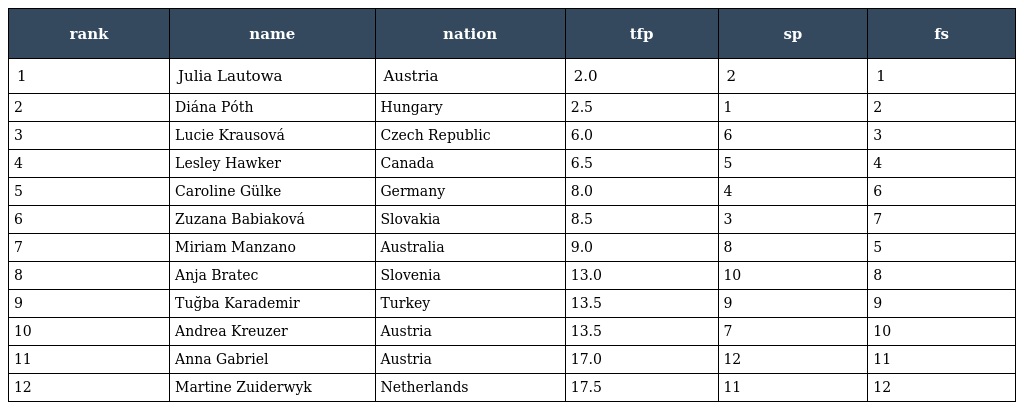
| rank | name | nation | tfp | sp | fs |
 | --- | --- | --- | --- | --- | --- |
 | 1 | Julia Lautowa | Austria | 2.0 | 2 | 1 |
 | 2 | Diána Póth | Hungary | 2.5 | 1 | 2 |
 | 3 | Lucie Krausová | Czech Republic | 6.0 | 6 | 3 |
 | 4 | Lesley Hawker | Canada | 6.5 | 5 | 4 |
 | 5 | Caroline Gülke | Germany | 8.0 | 4 | 6 |
 | 6 | Zuzana Babiaková | Slovakia | 8.5 | 3 | 7 |
 | 7 | Miriam Manzano | Australia | 9.0 | 8 | 5 |
 | 8 | Anja Bratec | Slovenia | 13.0 | 10 | 8 |
 | 9 | Tuğba Karademir | Turkey | 13.5 | 9 | 9 |
 | 10 | Andrea Kreuzer | Austria | 13.5 | 7 | 10 |
 | 11 | Anna Gabriel | Austria | 17.0 | 12 | 11 |
 | 12 | Martine Zuiderwyk | Netherlands | 17.5 | 11 | 12 |